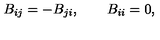
B _ { i j } = - B _ { j i } , \qquad B _ { i i } = 0 ,